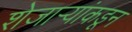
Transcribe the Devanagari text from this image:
शेजार्‍यांकडून